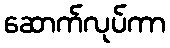
ဆောက်လုပ်ကာ